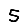
Digit: 5